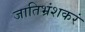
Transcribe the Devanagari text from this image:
जातिभ्रंशकरं